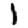
Digit: 1